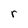
Character: r